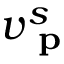
v _ { \textbf { p } } ^ { s }